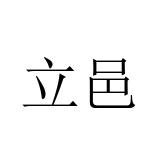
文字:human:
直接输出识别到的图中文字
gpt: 立邑